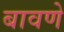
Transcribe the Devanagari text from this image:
बावणे